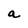
Character: a